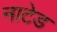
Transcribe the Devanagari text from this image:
नाटेड